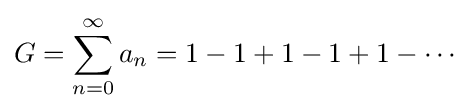
G=\sum _{n=0}^{\infty }a_{n}=1-1+1-1+1-\cdots